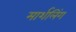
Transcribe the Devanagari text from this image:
मार्शलिंग